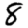
Digit: 8